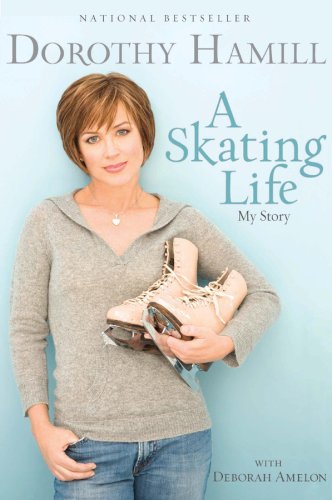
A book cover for A Skating Life: My Story; Dorothy Hamill; Sports & Outdoors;